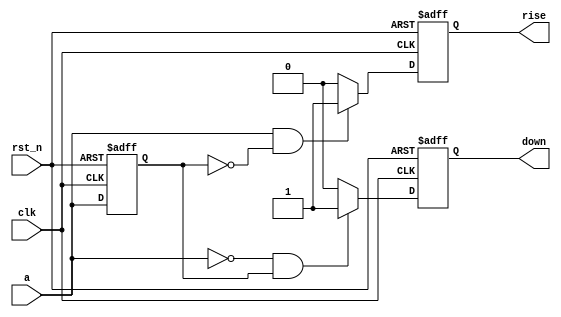
module edge_detect (
  input clk,
  input rst_n,
  input a,
  output reg rise,
  output reg down
);

  reg a_prev;

  always @(posedge clk or negedge rst_n) begin
    if (~rst_n) begin
      rise <= 0;
      down <= 0;
      a_prev <= 0;
    end
    else begin
      if (a && ~a_prev)
        rise <= 1;
      else
        rise <= 0;

      if (~a && a_prev)
        down <= 1;
      else
        down <= 0;

      a_prev <= a;
    end
  end

endmodule